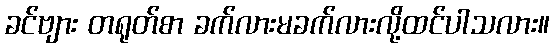
ခင်ဗျား တရုတ်စာ ခက်လားမခက်လားလို့ထင်ပါသလား။